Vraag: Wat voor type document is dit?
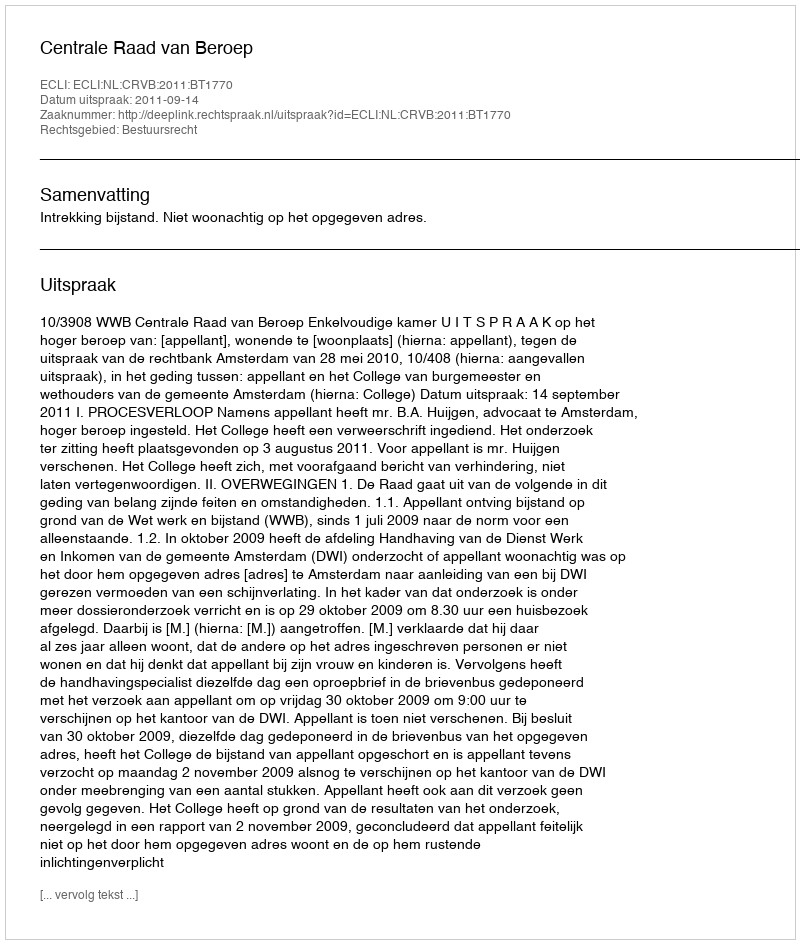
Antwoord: Uitspraak